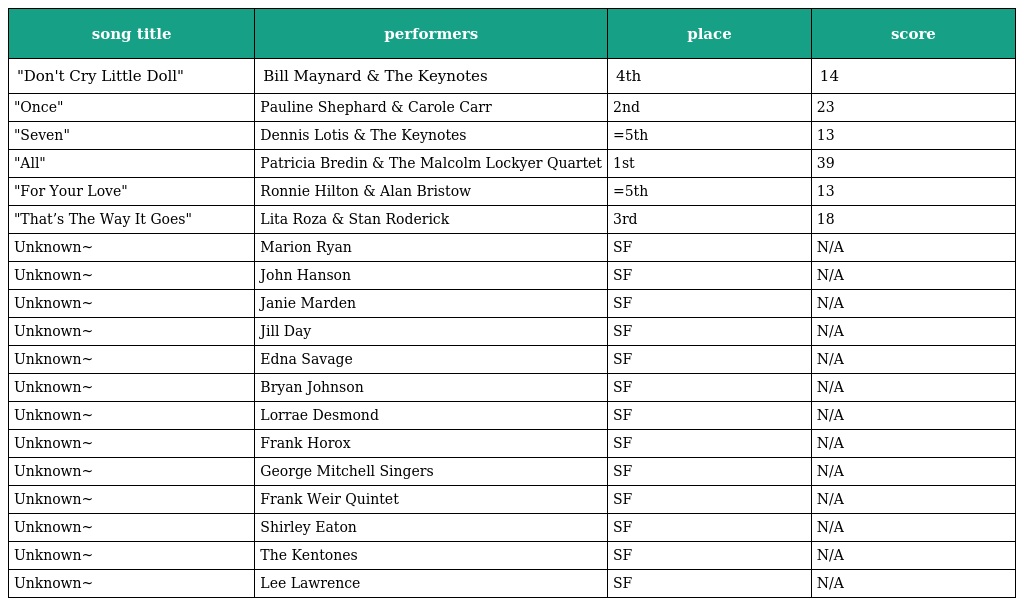
| song title | performers | place | score |
 | --- | --- | --- | --- |
 | "Don't Cry Little Doll" | Bill Maynard & The Keynotes | 4th | 14 |
 | "Once" | Pauline Shephard & Carole Carr | 2nd | 23 |
 | "Seven" | Dennis Lotis & The Keynotes | =5th | 13 |
 | "All" | Patricia Bredin & The Malcolm Lockyer Quartet | 1st | 39 |
 | "For Your Love" | Ronnie Hilton & Alan Bristow | =5th | 13 |
 | "That’s The Way It Goes" | Lita Roza & Stan Roderick | 3rd | 18 |
 | Unknown~ | Marion Ryan | SF | N/A |
 | Unknown~ | John Hanson | SF | N/A |
 | Unknown~ | Janie Marden | SF | N/A |
 | Unknown~ | Jill Day | SF | N/A |
 | Unknown~ | Edna Savage | SF | N/A |
 | Unknown~ | Bryan Johnson | SF | N/A |
 | Unknown~ | Lorrae Desmond | SF | N/A |
 | Unknown~ | Frank Horox | SF | N/A |
 | Unknown~ | George Mitchell Singers | SF | N/A |
 | Unknown~ | Frank Weir Quintet | SF | N/A |
 | Unknown~ | Shirley Eaton | SF | N/A |
 | Unknown~ | The Kentones | SF | N/A |
 | Unknown~ | Lee Lawrence | SF | N/A |